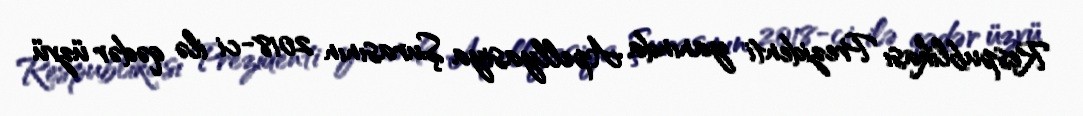
Respublikası Prezidenti yanında Apellyasiya Şurasının 2018-ci ilə qədər üzvü